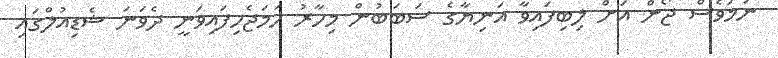
ނަމަވެސް ޖޯން އަށް ލިބިފައިވާ އަނިޔާގެ ސަބަބުން މިހާރު ހަމަޖެހިފައިވަނީ ދެވަނަ ޝެޑިއުލްގައި